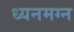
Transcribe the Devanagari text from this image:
ध्‍यनमग्‍न